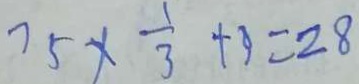
7 5 \times \frac { 1 } { 3 } + 3 = 2 8